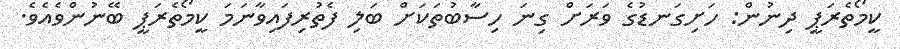
ކީމޯތެރަޕީ ދިނުން: ހަށިގަނޑުގެ ވަރަށް ގިނަ ހިސާބުތަކަށް ބަލި ފެތުރިފައިވާނަމަ ކީމޯތެރަޕީ ބޭނުންވެއެވެ.